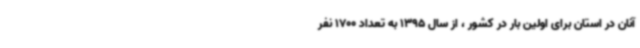
آنان در استان برای اولین بار در کشور ، از سال 1395 به تعداد 1700 نفر